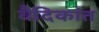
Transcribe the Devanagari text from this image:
वैदिकांत